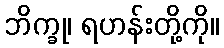
ဘိက္ခု၊ ရဟန်းတို့ကို။